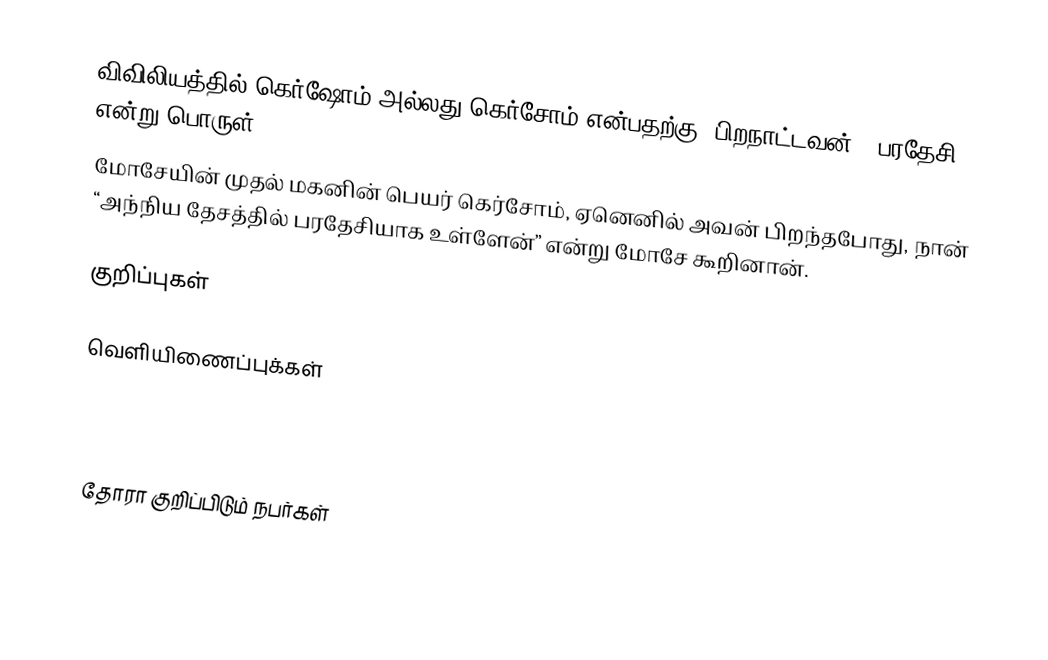
விவிலியத்தில் கெர்ஷோம் அல்லது கெர்சோம் என்பதற்கு 'பிறநாட்டவன்' (பரதேசி) என்று பொருள்.
மோசேயின் முதல் மகனின் பெயர் கெர்சோம், ஏனெனில் அவன் பிறந்தபோது, நான் “அந்நிய தேசத்தில் பரதேசியாக உள்ளேன்” என்று மோசே கூறினான்.

குறிப்புகள்

வெளியிணைப்புக்கள்

"Jethro and Moses" J. James Tissot 1836-1902

தோரா குறிப்பிடும் நபர்கள்